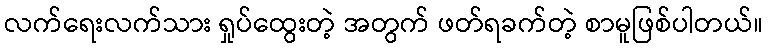
လက်ရေးလက်သား ရှုပ်ထွေးတဲ့ အတွက် ဖတ်ရခက်တဲ့ စာမူဖြစ်ပါတယ်။